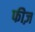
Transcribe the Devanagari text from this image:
फीज़